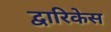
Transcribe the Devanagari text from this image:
द्वारिकेस